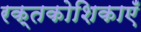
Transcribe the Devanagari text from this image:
रक्तकोशिकाएँ